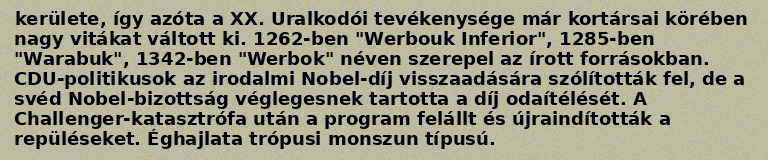
kerülete, így azóta a XX. Uralkodói tevékenysége már kortársai körében nagy vitákat váltott ki. 1262-ben "Werbouk Inferior", 1285-ben "Warabuk", 1342-ben "Werbok" néven szerepel az írott forrásokban. CDU-politikusok az irodalmi Nobel-díj visszaadására szólították fel, de a svéd Nobel-bizottság véglegesnek tartotta a díj odaítélését. A Challenger-katasztrófa után a program felállt és újraindították a repüléseket. Éghajlata trópusi monszun típusú.